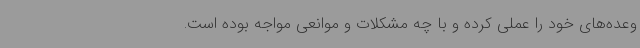
وعده‌های خود را عملی کرده و با چه مشکلات و موانعی مواجه بوده است.